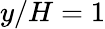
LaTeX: y/H=1